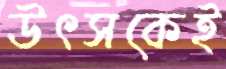
উৎসকেই